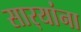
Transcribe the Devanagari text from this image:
सार्‍यांना